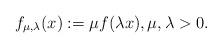
LaTeX: \begin{align*}f_{\mu, \lambda}(x) := \mu f(\lambda x), \mu, \lambda>0.\end{align*}